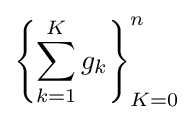
\left\{\sum _{k=1}^{K}{g_{k}}\right\}_{K=0}^{n}